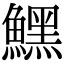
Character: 𩻤